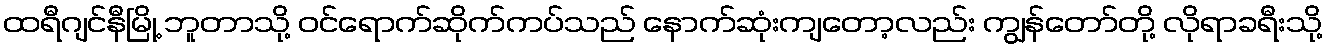
ထရီဂျင်နီမြို့ ဘူတာသို့ ဝင်ရောက်ဆိုက်ကပ်သည် နောက်ဆုံးကျတော့လည်း ကျွန်တော်တို့ လိုရာခရီးသို့